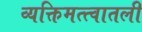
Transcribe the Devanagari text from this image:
व्यक्तिमत्त्वातली